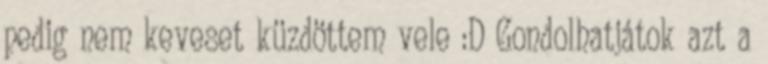
pedig nem keveset küzdöttem vele :D Gondolhatjátok azt a